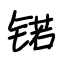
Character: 锘